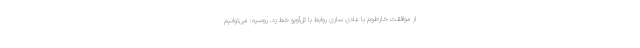
از موافقت خارطوم با عادی سازی روابط با تل‌آویو خط زد. روسیه: می‌توانیم